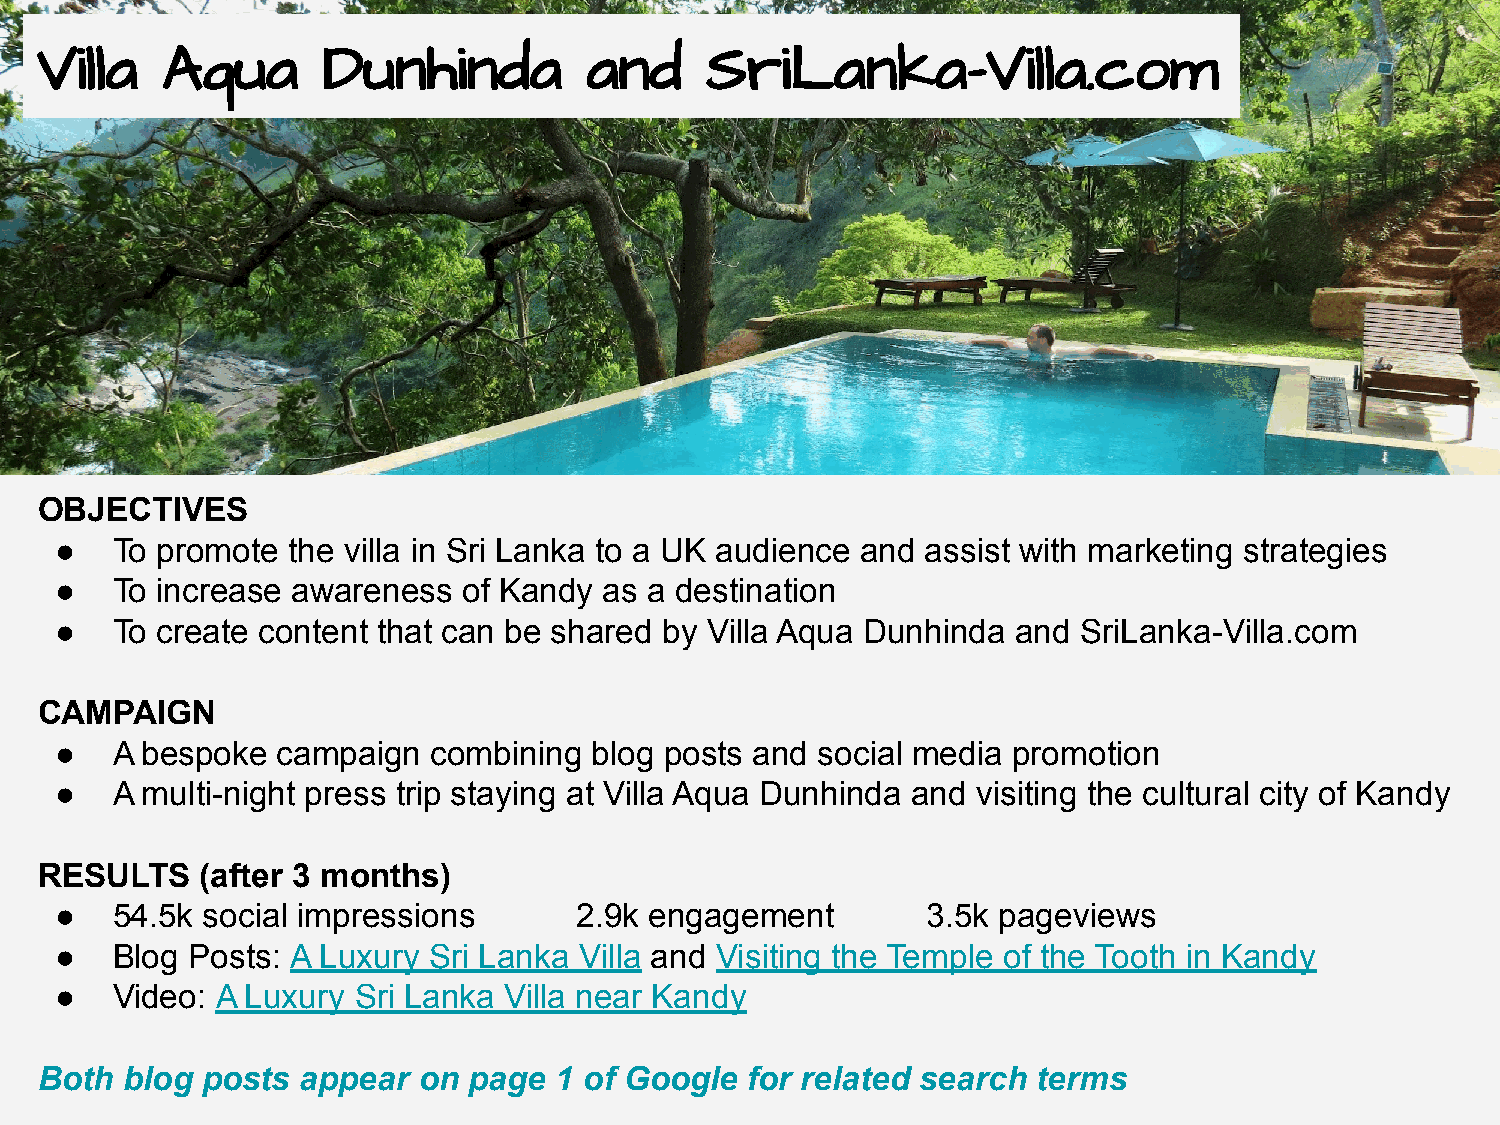
Villa    Aqua      Dunhinda          and     SriLanka-Villa.com
 OBJECTIVES
 ●  To promote  the villa in Sri Lanka to a UK audience and assist with marketing strategies
 ●  To increase awareness   of Kandy as a destination
 ●  To create content that can be shared by Villa Aqua Dunhinda and  SriLanka-Villa.com
 CAMPAIGN
 ●  A bespoke  campaign   combining blog posts and social media promotion
 ●  A multi-night press trip staying at Villa Aqua Dunhinda and visiting the cultural city of Kandy
 RESULTS    (after 3 months)
 ●  54.5k social impressions       2.9k engagement        3.5k pageviews
 ●  Blog Posts: A Luxury Sri Lanka Villa and Visiting the Temple of the Tooth in Kandy
 ●  Video: A Luxury Sri Lanka Villa near Kandy
 Both  blog posts  appear  on page  1 of Google  for related search terms